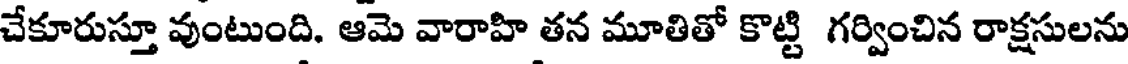
చేకూరుస్తూ వుంటుంది. ఆమె వారాహి తన మూతితో కొట్టి గర్వించిన రాక్షసులను